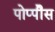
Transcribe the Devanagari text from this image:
पोप्पीेस